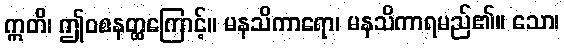
ဣတိ၊ ဤဝစနတ္ထကြောင့်။ မနသိကာရော၊ မနသိကာရမည်၏။ သော၊